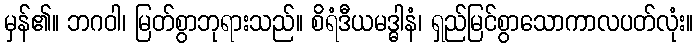
မှန်၏။ ဘဂဝါ၊ မြတ်စွာဘုရားသည်။ စိရံဒီယမဒ္ဓါနံ၊ ရှည်မြင်စွာသောကာလပတ်လုံး။